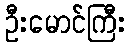
ဦးမောင်ကြီး